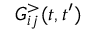
G _ { i j } ^ { > } ( t , t ^ { \prime } )